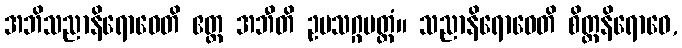
အဘိသညာနိရောဓေတိ ဧတ္ထ အဘီတိ ဥပသဂ္ဂမတ္တံ။ သညာနိရောဓေတိ စိတ္တနိရောဓေ,